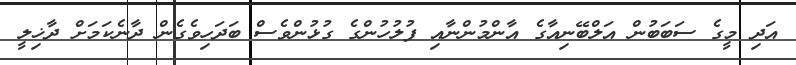
އަދި މީގެ ސަބަބުން އަލްބޭނިއާގެ އާންމުންނާއި ފުލުހުންގެ ގުޅުންވެސް ބަދަހިވެގެން ދާނެކަމަށް ދާޚިލީ